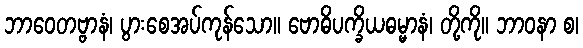
ဘာဝေတဗ္ဗာနံ၊ ပွားစေအပ်ကုန်သော။ ဗောဓိပက္ခိယဓမ္မာနံ၊ တို့ကို။ ဘာဝနာ စ၊